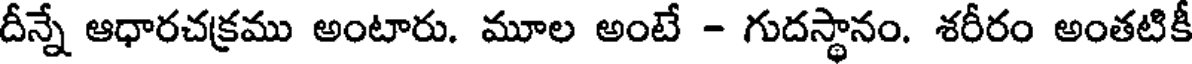
దీన్నే ఆధారచక్రము అంటారు. మూల అంటే - గుదస్థానం. శరీరం అంతటికీ